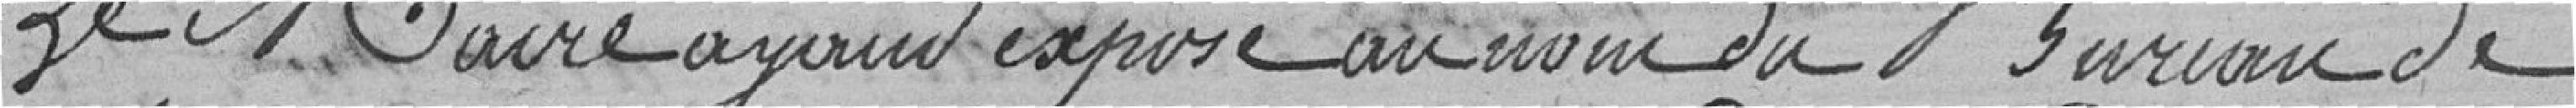
Le Maire ayant exposé au nom du bureau de